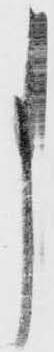
事